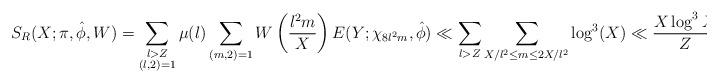
LaTeX: \begin{align*} S_R(X; \pi, \hat{\phi},W) &= \sum_{\substack{l>Z \\ (l, 2)=1}}\mu(l)\sum_{(m,2)=1} W \left( \frac{l^2m}{X} \right) E(Y;\chi_{8l^2m}, \hat{\phi}) \ll \sum_{l>Z}\sum_{X/l^2 \leq m \leq 2X/l^2} \log^{3}(X) \ll \frac {X \log^{3} X}{Z}.\end{align*}